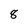
Character: 8